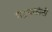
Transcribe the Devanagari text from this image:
गंडूषकांनीं